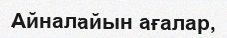
Айналайын ағалар,